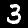
Digit: 3